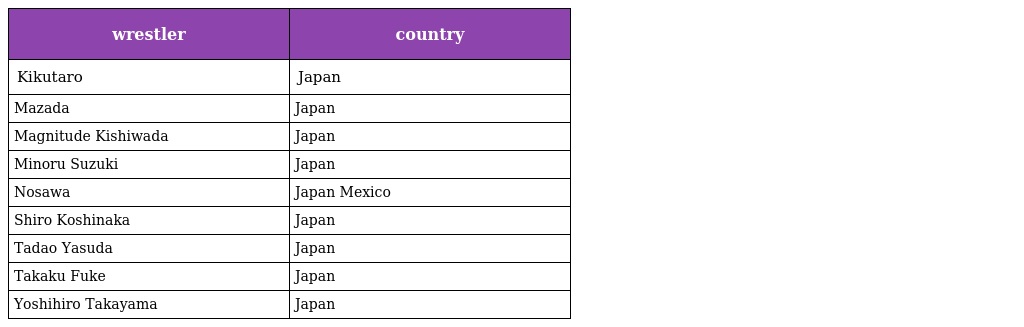
| wrestler | country |
 | --- | --- |
 | Kikutaro | Japan |
 | Mazada | Japan |
 | Magnitude Kishiwada | Japan |
 | Minoru Suzuki | Japan |
 | Nosawa | Japan Mexico |
 | Shiro Koshinaka | Japan |
 | Tadao Yasuda | Japan |
 | Takaku Fuke | Japan |
 | Yoshihiro Takayama | Japan |